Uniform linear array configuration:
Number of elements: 12
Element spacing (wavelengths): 0.5
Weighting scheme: blackman
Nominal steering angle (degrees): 30
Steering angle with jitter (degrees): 29.67
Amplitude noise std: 0.05
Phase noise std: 0.05

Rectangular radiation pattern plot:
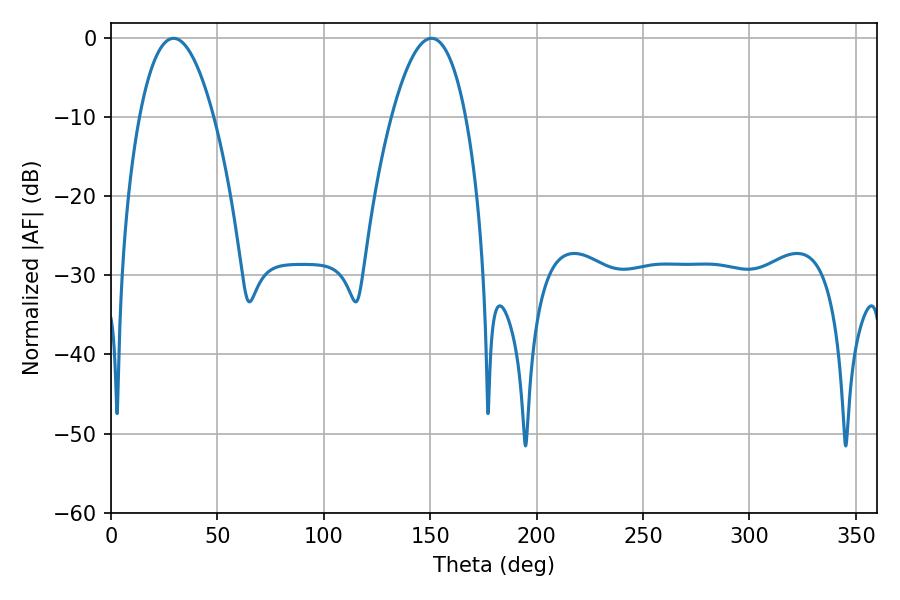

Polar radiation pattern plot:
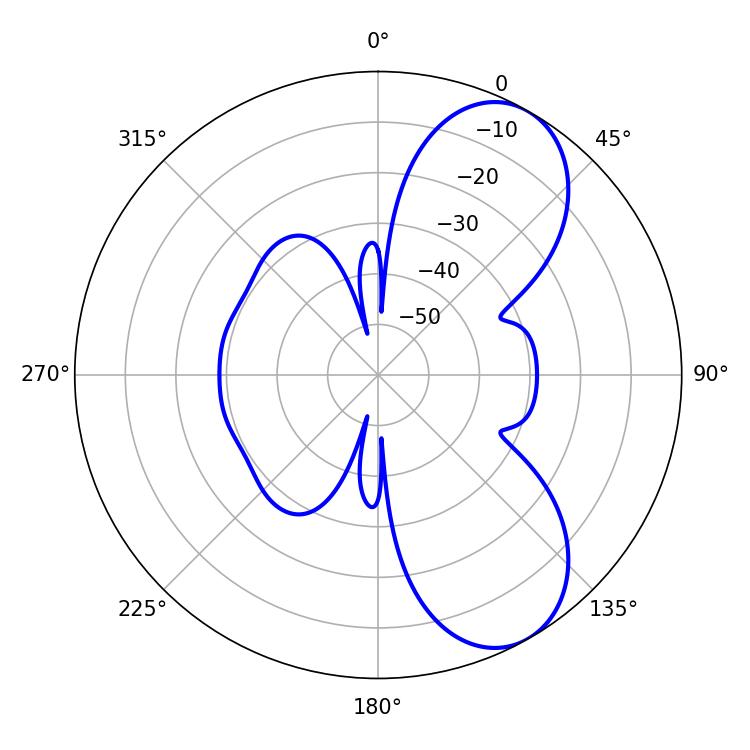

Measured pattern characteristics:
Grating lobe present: FALSE
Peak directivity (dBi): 7.488
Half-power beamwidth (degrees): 19.26
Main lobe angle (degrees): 29.34